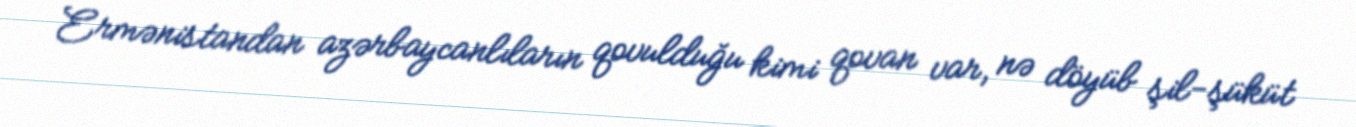
Ermənistandan azərbaycanlıların qovulduğu kimi qovan var, nə döyüb şil-şüküt